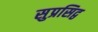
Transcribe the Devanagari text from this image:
सुप्रसिद्व